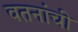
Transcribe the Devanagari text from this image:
वतनांची